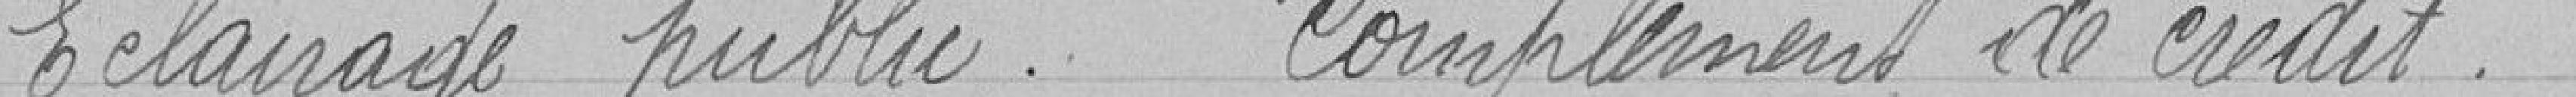
Eclairage public    Complément de crédit